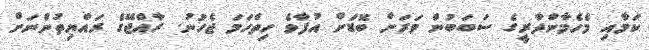
ކަމާއި މެހެމާންދާރީގެ ސަބަބުން ވަރަށް ބޮޑަށް އުފާވެ ހިތްހަމަ ޖެހުނު. ރާއްޖޭގެ ރައްޔިތުންނަށް